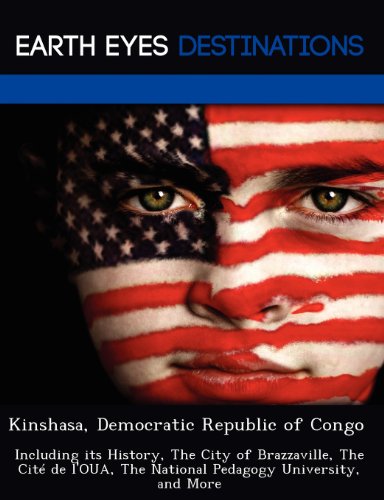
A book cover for Kinshasa, Democratic Republic of Congo: Including its History, The City of Brazzaville, The CitÃ© de l'OUA, The National Pedagogy University, and More; Sam Night; Travel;